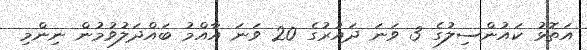
އަތޮޅު ކައުންސިލުގެ 3 ވަނަ ދައުރުގެ 20 ވަނަ އާއްމު ބައްދަލުވުމުން ނިންމި